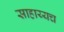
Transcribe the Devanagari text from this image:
साहाय्यच